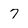
Character: 7